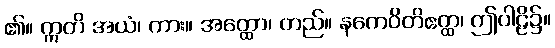
၏။ ဣတိ အယံ၊ ကား။ အတ္ထော၊ တည်။ နကေဝိတိဧတ္ထ၊ ဤပါဠိ၌။